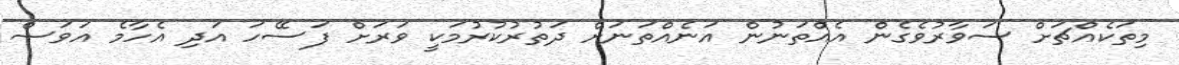
މިތަކެއްޗަށް ސަވާރުވެގެން އެއްތަނުން އަނެއްތަނަށް ދަތުރުކުރުމަކީ ވަރަށް ފަސޭހަ އަދި އެހާމެ އަވަސް